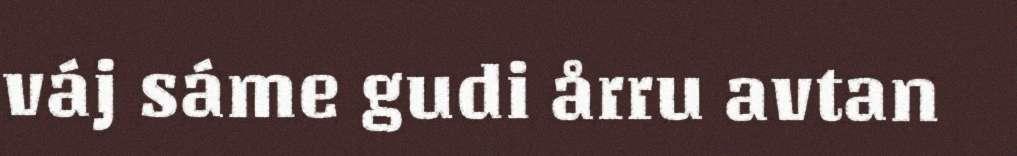
váj sáme gudi årru avtan